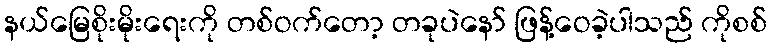
နယ်မြေစိုးမိုးရေးကို တစ်ဝက်တော့ တခုပဲနော် ဖြန့်ဝေခဲ့ပါသည် ကိုစစ်